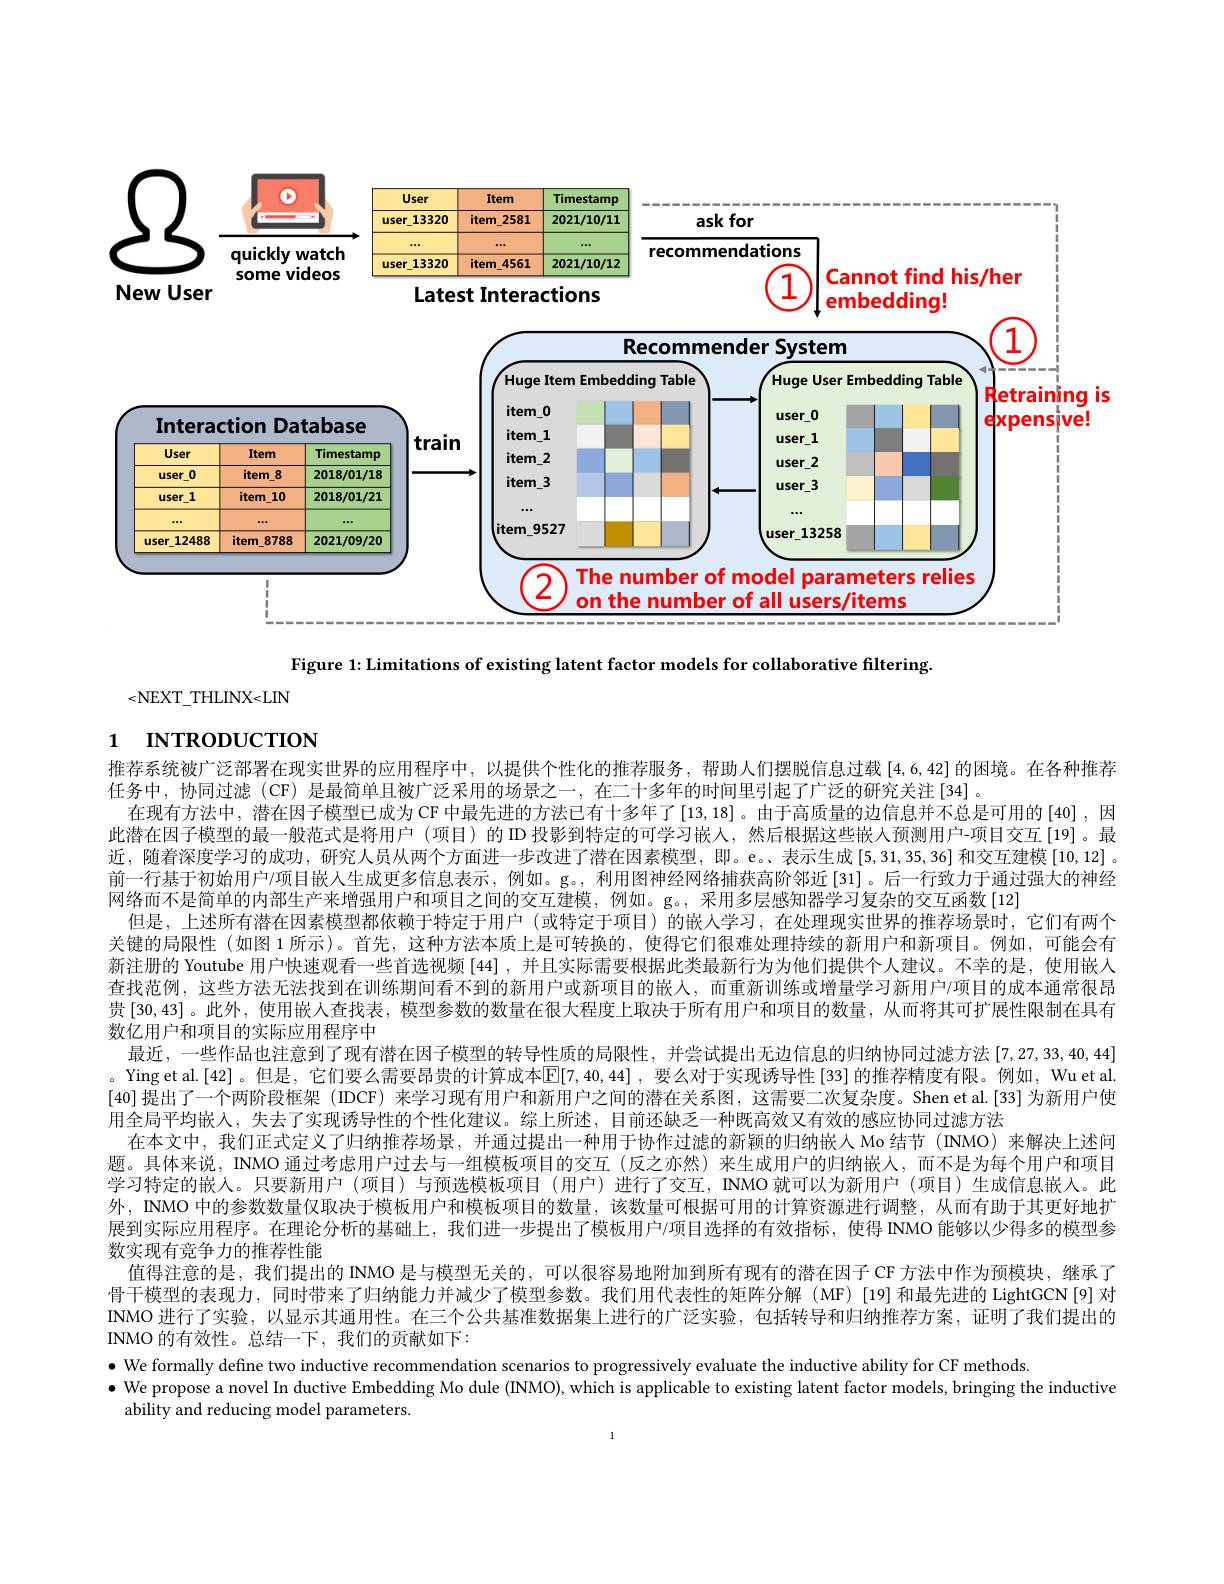
<FigureHere>

is

Figure 1: Limitations of existing latent factor models for collaborative filtering.

<NEXT\_THLINX<LIN

# 1 INTRODUCTION

推荐系统被广泛部署在现实世界的应用程序中，以提供个性化的推荐服务，帮助人们摆脱信息过载[4,6,42]的困境。在各种推荐
任务中，协同过滤(CF) 是最简单且被广泛采用的场景之一，在二十多年的时间里引起了广泛的研究关注[34]
在现有方法中，潜在因子模型已成为 CF 中最先进的方法已有十多年了[13,18]。由于高质量的边信息并不总是可用的[40] ,因此潜在因子模型的最一般范式是将用户(项目)的 ID 投影到特定的可学习嵌人，然后根据这些嵌人预测用户-项目交互[19]。最近，随着深度学习的成功，研究人员从两个方面进一步改进了潜在因素模型，即。e。表示生成[5,31,35,36] 和交互建模 [10,12]。前一行基于初始用户/项目嵌人生成更多信息表示，例如。g。, 利用图神经网络捕获高阶邻近[31]。后一行致力于通过强大的神经网络而不是简单的内部生产来增强用户和项目之间的交互建模，例如。g。,采用多层感知器学习复杂的交互函数[12]
但是，上述所有潜在因素模型都依赖于特定于用户 (或特定于项目)的嵌人学习，在处理现实世界的推荐场景时，它们有两个关键的局限性(如图 1 所示)。首先，这种方法本质上是可转换的，使得它们很难处理持续的新用户和新项目。例如，可能会有新注册的 Youtube 用户快速观看一些首选视频[44],并且实际需要根据此类最新行为为他们提供个人建议。不幸的是，使用嵌人查找范例，这些方法无法找到在训练期间看不到的新用户或新项目的嵌人，而重新训练或增量学习新用户/项目的成本通常很昂贵[30,43]。此外，使用嵌人查找表，模型参数的数量在很大程度上取决于所有用户和项目的数量，从而将其可扩展性限制在具有数亿用户和项目的实际应用程序中
最近，一些作品也注意到了现有潜在因子模型的转导性质的局限性，并尝试提出无边信息的归纳协同过滤方法[7,27,33,40,44] 。Ying et al.[42] 。但是，它们要么需要昂贵的计算成本$\mathbb{E}[7,40,44]$ ,要么对于实现诱导性[33]的推荐精度有限。例如，Wu et al. [40]提出了一个两阶段框架 (IDCF) 来学习现有用户和新用户之间的潜在关系图，这需要二次复杂度。Shen et al.[33] 为新用户使用全局平均嵌人，失去了实现诱导性的个性化建议。综上所述，目前还缺乏一种既高效又有效的感应协同过滤方法
在本文中，我们正式定义了归纳推荐场景，并通过提出一种用于协作过滤的新颖的归纳嵌人 Mo 结节(INMO)来解决上述问题。具体来说，INMO 通过考虑用户过去与一组模板项目的交互(反之亦然)来生成用户的归纳嵌人，而不是为每个用户和项目学习特定的嵌人。只要新用户 (项目)与预选模板项目 (用户)进行了交互，INMO 就可以为新用户 (项目)生成信息嵌人。此外，INMO 中的参数数量仅取决于模板用户和模板项目的数量，该数量可根据可用的计算资源进行调整，从而有助于其更好地扩展到实际应用程序。在理论分析的基础上，我们进一步提出了模板用户7项目选择的有效指标，使得 INMO 能够以少得多的模型参数实现有竞争力的推荐性能
值得注意的是，我们提出的 INMO 是与模型无关的，可以很容易地附加到所有现有的潜在因子 CF 方法中作为预模块，继承了骨干模型的表现力，同时带来了归纳能力并减少了模型参数。我们用代表性的矩阵分解(MF)[19]和最先进的 LightGCN[9]对INMO 进行了实验，以显示其通用性。在三个公共基准数据集上进行的广泛实验，包括转导和归纳推荐方案，证明了我们提出的INMO 的有效性。总结一下，我们的贡献如下：
$\bullet$ We formally define two inductive recommendation scenarios to progressively evaluate the inductive ability for CF methods
$\bullet$ We propose a novel In ductive Embedding Mo dule (INMO), which is applicable to existing latent factor models, bringing the inductive
ability and reducing model parameters.